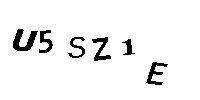
U5Z1E